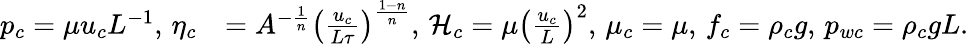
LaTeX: \begin{array}{rl}{p_{c}=\mu u_{c}L^{-1},\, \eta_{c}}&{=A^{-\frac{1}{n}}\left(\frac{u_{c}}{L\tau}\right)^{\frac{1-n}{n}},\, \mathcal{H}_{c}=\mu\left(\frac{u_{c}}{L}\right)^{2},\, \mu_{c}=\mu,\, f_{c}=\rho_{c}g,\, p_{wc}=\rho_{c}gL.}\end{array}